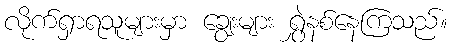
လိုက်ရှာရသူများမှာ ချွေးများ ရွှဲနစ်နေကြသည်။